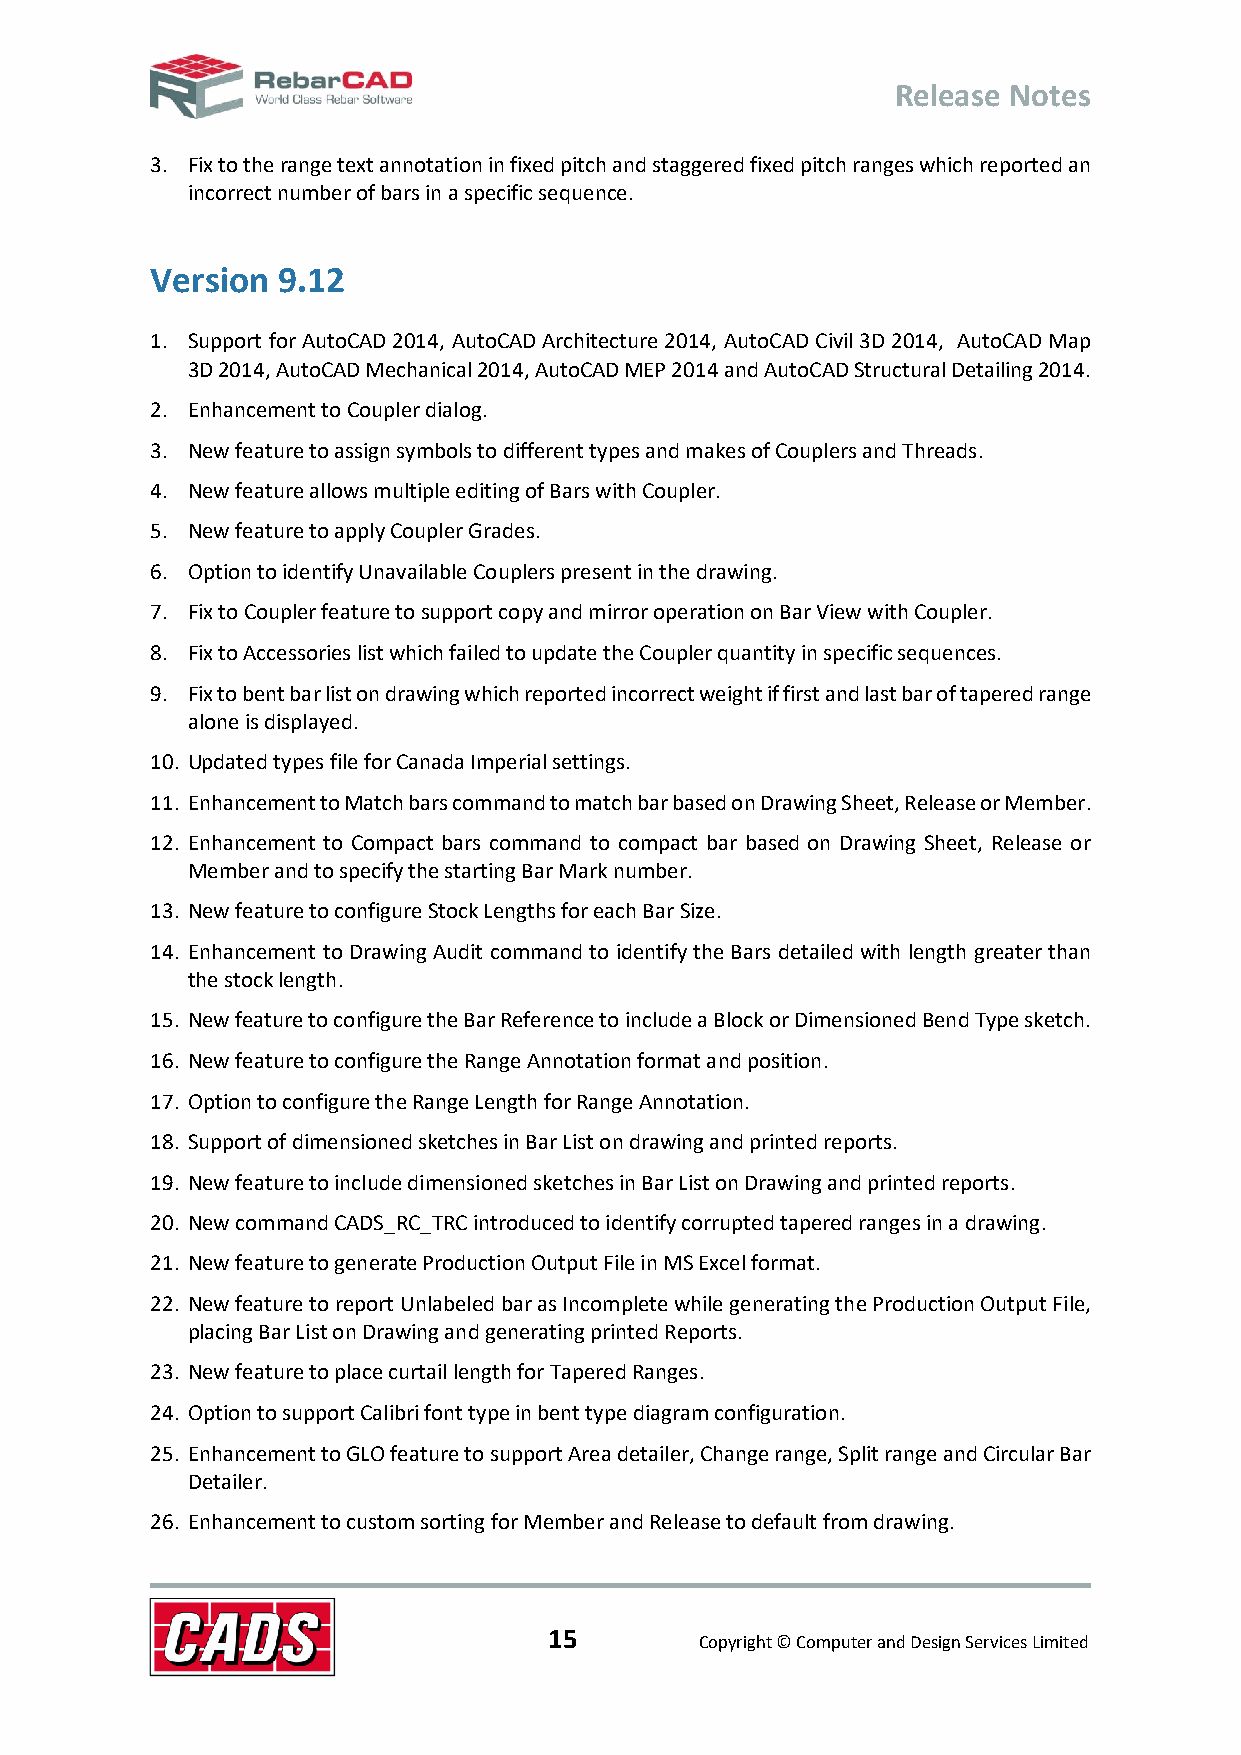
Release Notes
 3. Fix to the range text annotation in fixed pitch and staggered fixed pitch ranges which reported an
 incorrect number of bars in a specific sequence.
 Version 9.12
 1. Support for AutoCAD 2014, AutoCAD Architecture 2014, AutoCAD Civil 3D 2014, AutoCAD Map
 3D 2014, AutoCAD Mechanical 2014, AutoCAD MEP 2014 and AutoCAD Structural Detailing 2014.
 2. Enhancement to Coupler dialog.
 3. New feature to assign symbols to different types and makes of Couplers and Threads.
 4. New feature allows multiple editing of Bars with Coupler.
 5. New feature to apply Coupler Grades.
 6. Option to identify Unavailable Couplers present in the drawing.
 7. Fix to Coupler feature to support copy and mirror operation on Bar View with Coupler.
 8. Fix to Accessories list which failed to update the Coupler quantity in specific sequences.
 9. Fix to bent bar list on drawing which reported incorrect weight if first and last bar of tapered range
 alone is displayed.
 10. Updated types file for Canada Imperial settings.
 11. Enhancement to Match bars command to match bar based on Drawing Sheet, Release or Member.
 12. Enhancement to Compact bars command to compact bar based on Drawing Sheet, Release or
 Member and to specify the starting Bar Mark number.
 13. New feature to configure Stock Lengths for each Bar Size.
 14. Enhancement to Drawing Audit command to identify the Bars detailed with length greater than
 the stock length.
 15. New feature to configure the Bar Reference to include a Block or Dimensioned Bend Type sketch.
 16. New feature to configure the Range Annotation format and position.
 17. Option to configure the Range Length for Range Annotation.
 18. Support of dimensioned sketches in Bar List on drawing and printed reports.
 19. New feature to include dimensioned sketches in Bar List on Drawing and printed reports.
 20. New command CADS_RC_TRC introduced to identify corrupted tapered ranges in a drawing.
 21. New feature to generate Production Output File in MS Excel format.
 22. New feature to report Unlabeled bar as Incomplete while generating the Production Output File,
 placing Bar List on Drawing and generating printed Reports.
 23. New feature to place curtail length for Tapered Ranges.
 24. Option to support Calibri font type in bent type diagram configuration.
 25. Enhancement to GLO feature to support Area detailer, Change range, Split range and Circular Bar
 Detailer.
 26. Enhancement to custom sorting for Member and Release to default from drawing.
 15
 Copyright © Computer and Design Services Limited